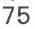
75